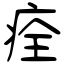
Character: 痊